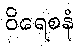
ဝိရေစနံ